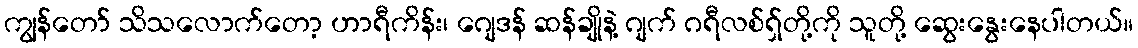
ကျွန်တော် သိသလောက်တော့ ဟာရီကိန်း၊ ဂျေဒန် ဆန်ချိုနဲ့ ဂျက် ဂရီလစ်ရှ်တို့ကို သူတို့ ဆွေးနွေးနေပါတယ်။